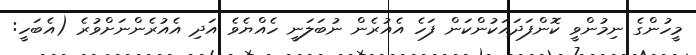
މީހުންގެ ނިމުންވީ ކޮންފަދައަކުންކަން ފަހެ އެއުރެން ނުބަލަނީ ހެއްޔެވެ އަދި އެއުރެންނަށްވުރެ (އެބަހީ: